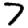
Digit: 7